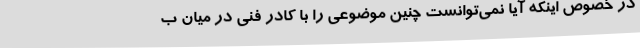
در خصوص اینکه آیا نمی‌توانست چنین موضوعی را با کادر فنی در میان ب